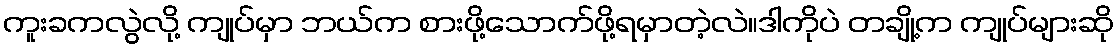
ကူးခကလွဲလို့ ကျုပ်မှာ ဘယ်က စားဖို့သောက်ဖို့ရမှာတဲ့လဲ။ဒါကိုပဲ တချို့က ကျုပ်များဆို